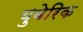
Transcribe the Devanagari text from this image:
युबेरिक